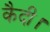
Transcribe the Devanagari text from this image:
कैदी।